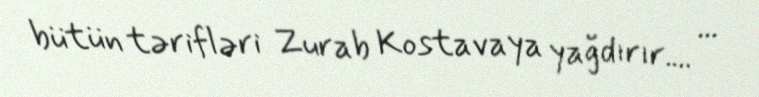
bütün tərifləri Zurab Kostavaya yağdırır.... ...